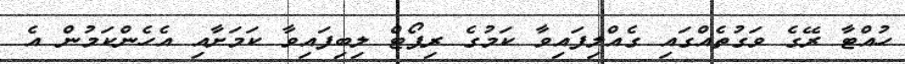
ހުއްޓާ ރޭގެ ވަގުތެއްގައި ގެއްލިފައިވާ ކަމުގެ ރިޕޯޓް ލިބިފައިވާ ކަމަށާއި އެހެންކަމުން އެ